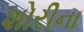
શોરીના